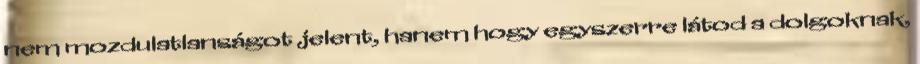
nem mozdulatlanságot jelent, hanem hogy egyszerre látod a dolgoknak,